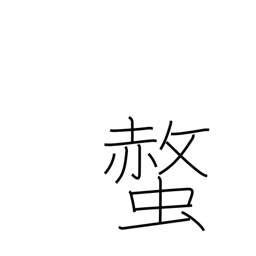
Meaning: bee sting